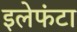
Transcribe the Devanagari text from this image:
इलेफंटा